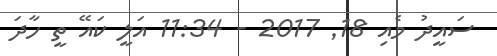
ސައީދު މެއި 18